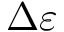
\Delta \varepsilon